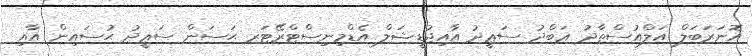
އޮނަރަބަލް އަލްއުސްތާޛު ޢަބްދު ސަޢީދު އާއިޖުޑީޝަލް އެޑްމިނިސްޓްރޭޓަރ ޙަސަން ސަޢީދު ޙުސައިން އާއި